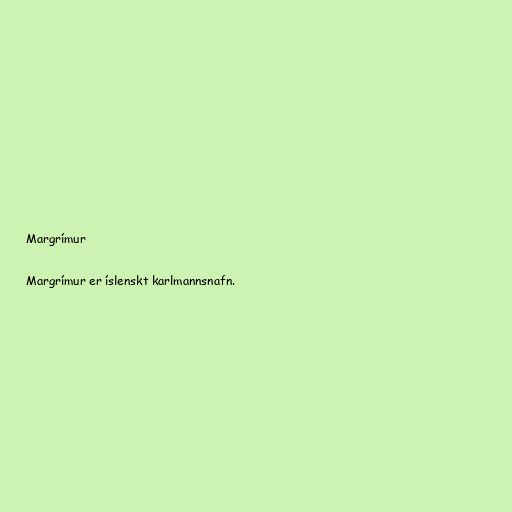
Margrímur

Margrímur er íslenskt karlmannsnafn.